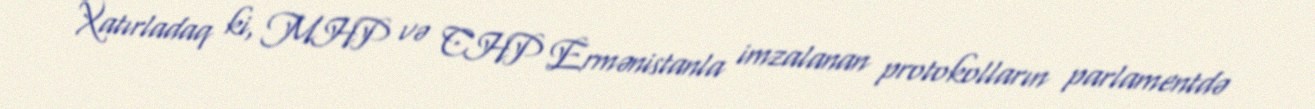
Xatırladaq ki, MHP və CHP Ermənistanla imzalanan protokolların parlamentdə